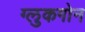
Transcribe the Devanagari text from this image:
ग्लुकगोन